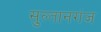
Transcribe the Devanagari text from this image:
सुल्‍तानगंज